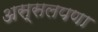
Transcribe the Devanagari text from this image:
अस्सलपणा